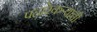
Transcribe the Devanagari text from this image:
पहारेकर्‍यांची